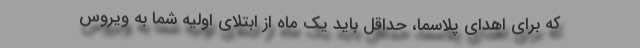
که برای اهدای پلاسما، حداقل باید یک ماه از ابتلای اولیه شما به ویروس